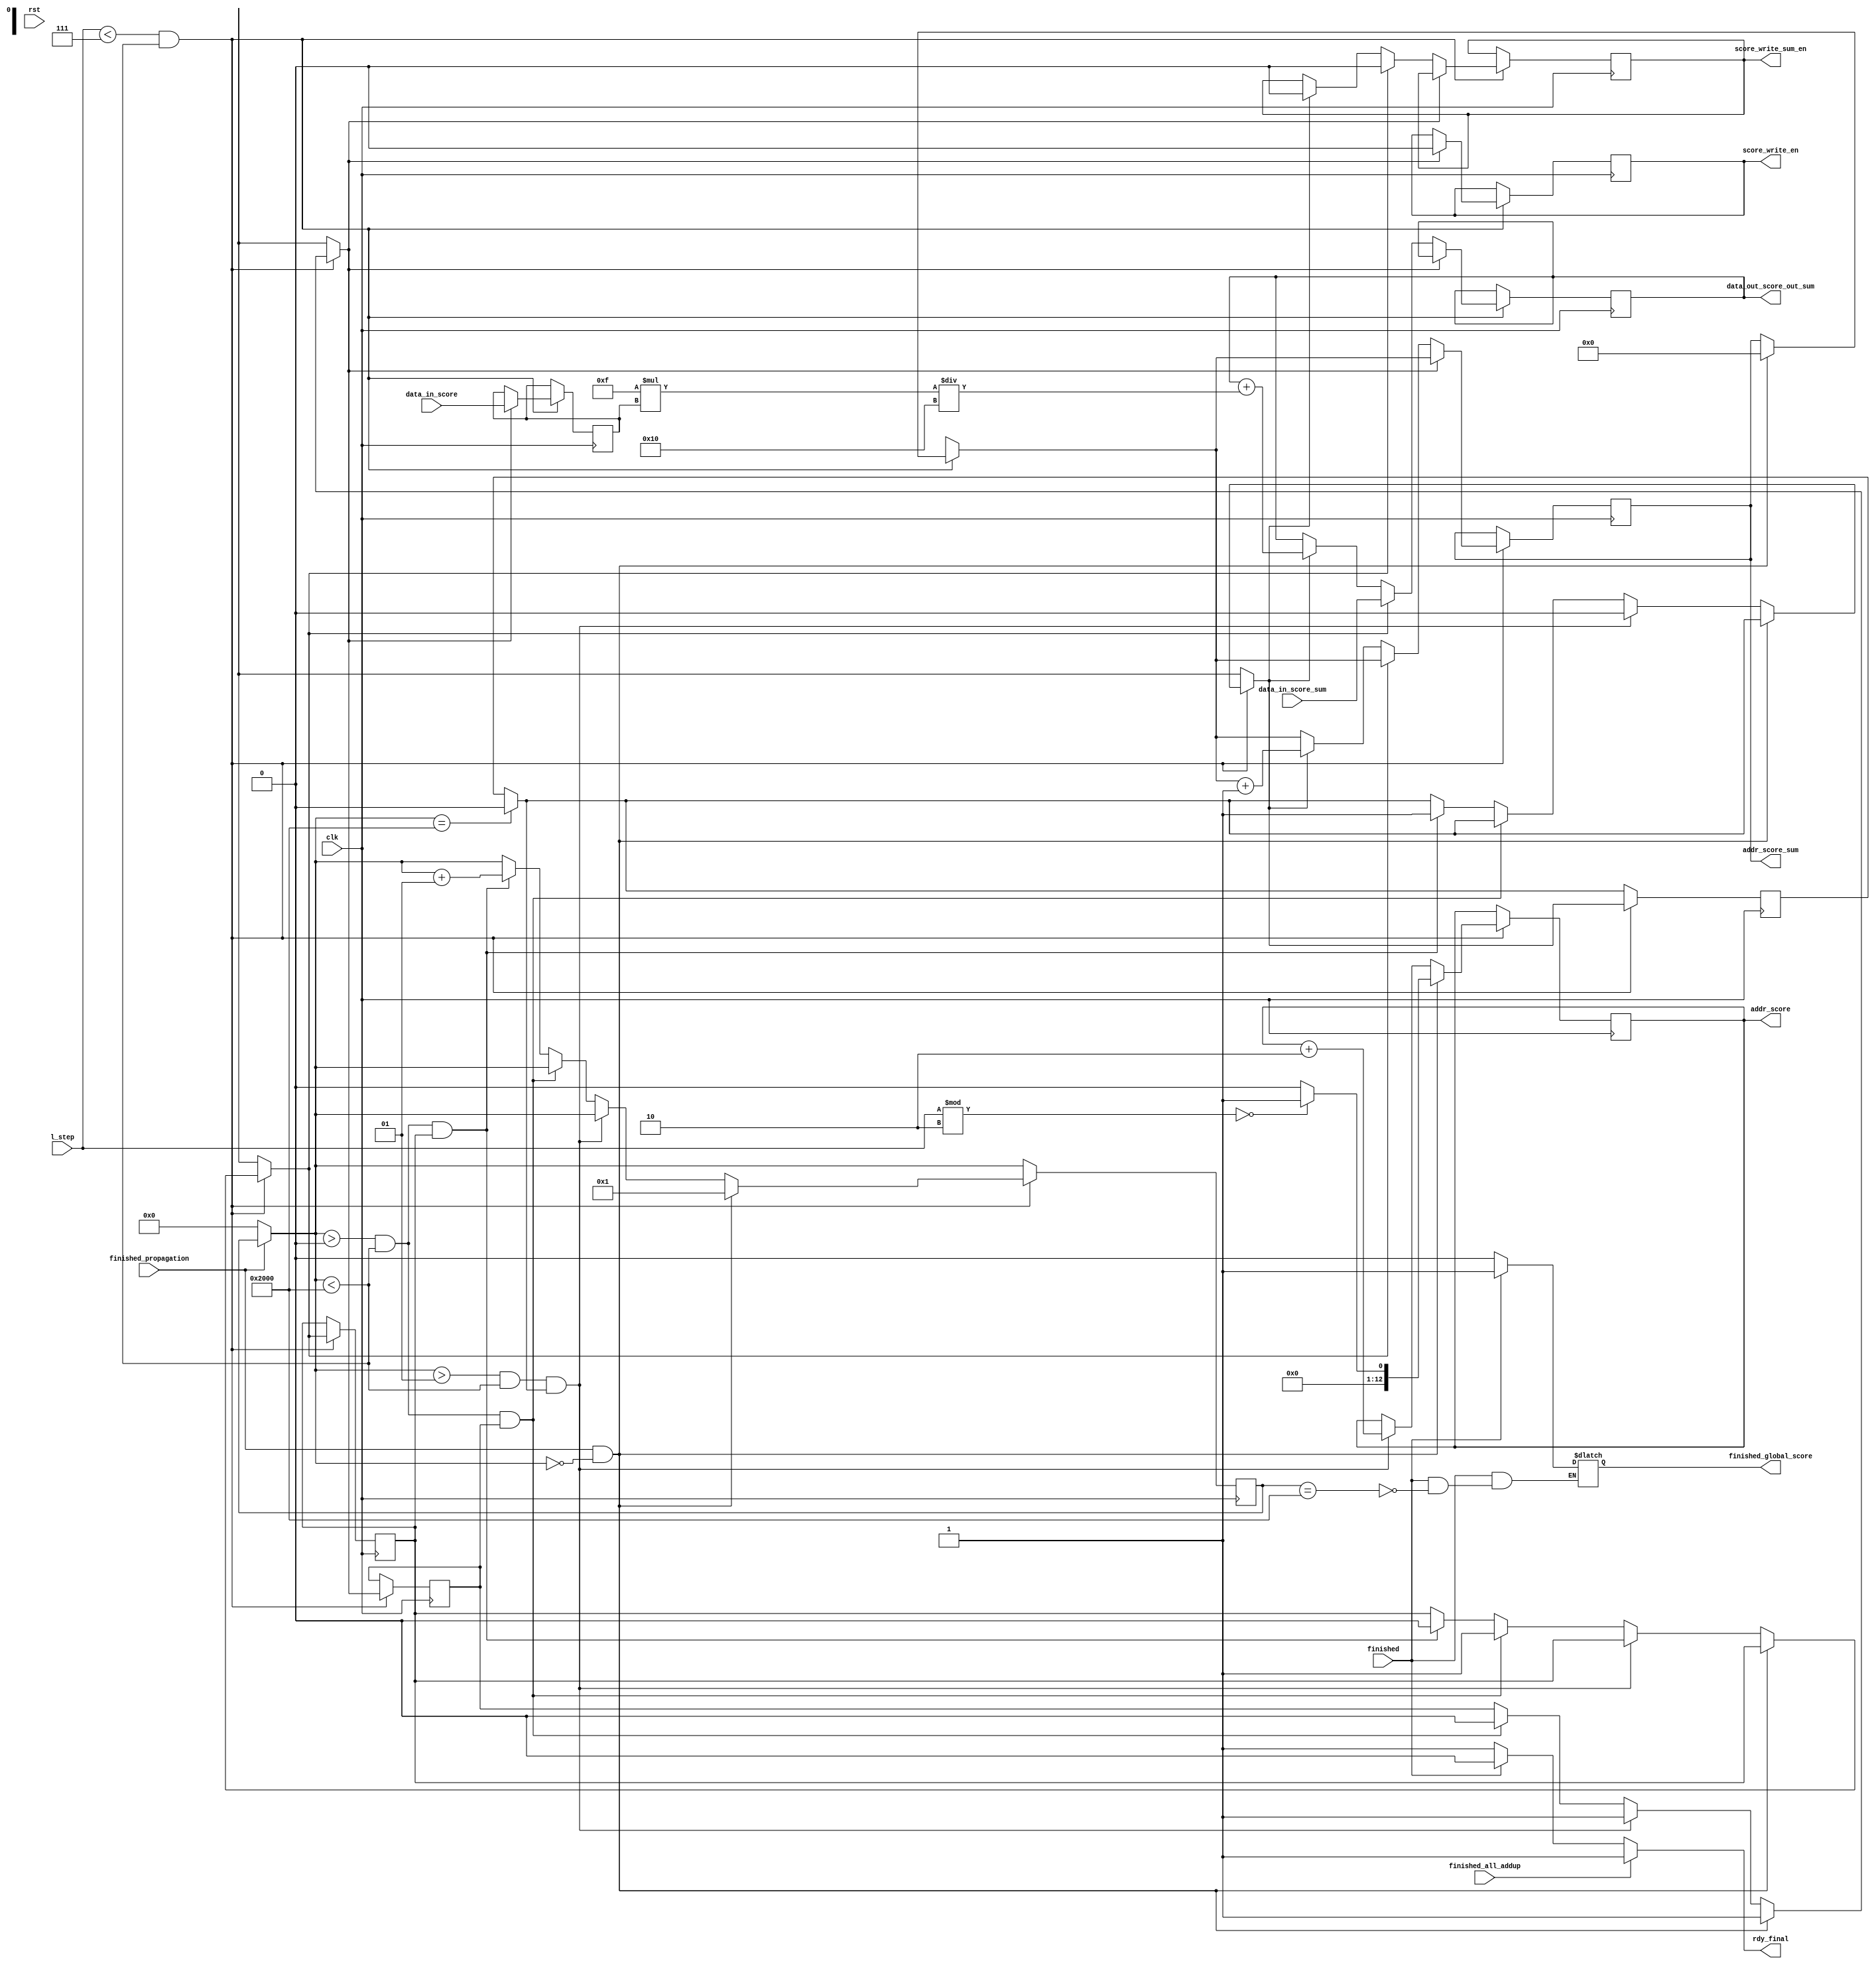
module add_up_score #(parameter period = 10, DATA_WIDTH = 32, ADDR_WIDTH=13, max_steps = 7, mem_size = 8192) ( 
	input clk,
	//input rdy,
	input rst, // a reset flag that reset all operations; after lap > max_steps, rst needs to be set high by PS to reset everything
	input finished,
	input finished_propagation,
	input finished_all_addup,
	//input finished2,
	input [DATA_WIDTH-1:0] l_step, //
	input [DATA_WIDTH-1:0] data_in_score,
	input [DATA_WIDTH-1:0] data_in_score_sum,
	
	output reg rdy_final,
	output reg finished_global_score,
	
	output [ADDR_WIDTH-1:0] addr_score,
	output reg score_write_en,
	
	output [ADDR_WIDTH-1:0] addr_score_sum,
	output score_write_sum_en,
	output [DATA_WIDTH-1:0]  data_out_score_out_sum
	
	
	);
	
	integer mem_process = 0;
	reg read_node_score, read_node_score_sum, write_node_score_sum;
	reg [ADDR_WIDTH-1:0] addr_score_reg, addr_score_sum_reg;
	reg score_write_en_reg = 0, score_write_sum_en_reg = 0;

	reg [DATA_WIDTH-1:0] data_node_score_reg, data_node_score_sum_reg;
	
	assign addr_score = addr_score_reg;
	assign addr_score_sum = addr_score_sum_reg;
    //assign rdy_final = (mem_process == mem_size )? {1'b1}  : rdy ;
    //assign finished_global_score = (mem_process == mem_size)?  {1'b1} : finished;
	assign score_write_sum_en = score_write_sum_en_reg;
	assign data_out_score_out_sum = data_node_score_sum_reg;
	
	integer coeff1 = 15, coeff2 = 16;
	
	always @(*) begin
		if (finished_all_addup == 1) begin
			rdy_final = 1;
		
		end else if (finished == 1) begin
			rdy_final = 0;					
		end else begin
			rdy_final = 1;
		end
	
	end	
	
	always @(*) begin
		if (finished == 0) begin
			finished_global_score = 0;
		
		end else if (mem_process == mem_size) begin
			finished_global_score = 1;					
		end
	
	end
	
	
	always @(negedge clk) begin
		
		if (finished_propagation == 0) begin
			mem_process =  0;
		
		end
	
	
		if (mem_process == mem_size) begin
			write_node_score_sum = 0;  // at the end, turn off the write signal
		
		end

		if (l_step < max_steps && mem_process < mem_size) begin
		
		
			if (finished_propagation == 1 && mem_process == 0) begin
				mem_process =  1;
				read_node_score = 1;
				addr_score_sum_reg = 0;
                if (l_step % 2 == 0) begin		// 			
                    addr_score_reg = 1; // depending on L's value, the score table current propagation score's address alternate
                end else begin
                    addr_score_reg = 0; 
                end 
				
			end else if ((mem_process > 1 && mem_process < mem_size && write_node_score_sum == 1)) begin 
				write_node_score_sum = 0;
				read_node_score	= 1;
				addr_score_reg = addr_score_reg + 2; // plus 2 because of score table stores current & prev scoress
			end else if (mem_process > 0 && mem_process < mem_size && read_node_score == 1) begin
				read_node_score = 0;
				read_node_score_sum = 1;
			end else if (mem_process > 0 && mem_process < mem_size && read_node_score_sum == 1) begin
				read_node_score_sum = 0;
				write_node_score_sum = 1;
				mem_process = mem_process + 1;
			end
			
			
			
			
			
			if (read_node_score == 1) begin
				score_write_en <= 0; // score_write_en = 0 enables reading node's current propagation score; 
				#(period * 0.7) data_node_score_reg = data_in_score;
			
			end else if (read_node_score_sum == 1) begin
				score_write_sum_en_reg = 0;  // score_write_en = 0 enables reading node's score sum; 
				#(period * 0.7) data_node_score_sum_reg = data_in_score_sum;
			end else if (write_node_score_sum == 1) begin
				score_write_sum_en_reg = 1; // write score sum
				data_node_score_sum_reg = data_node_score_sum_reg + coeff1 * data_node_score_reg / coeff2; // sum up and calculate the latest score sum				
				#(period * 0.7) score_write_sum_en_reg = 0; // turn off write enable
				addr_score_sum_reg = addr_score_sum_reg + 1;

			end
			
			
			
			//if (mem_process == mem_size) begin
			//	mem_process = 0;
			//end
		
		
		end
	
	end
	
	
	
endmodule